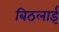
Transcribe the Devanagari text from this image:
बिठलाईं